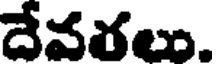
దేవరలు.